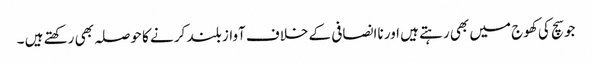
جو سچ کی کھوج میں بھی رہتے ہیں اور ناانصافی کے خلاف آواز بلند کر نے کا حوصلہ بھی رکھتے ہیں ۔